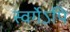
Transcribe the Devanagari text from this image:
स्वर्गेऽपि